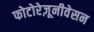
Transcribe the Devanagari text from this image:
फोटोरेज़ूनीवेसन